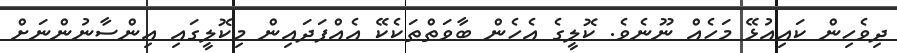
ދިވެހިން ކައިއުޅޭ މަހެއް ނޫނެވެ. ކޮލީގެ އެހެން ބާވަތްތަކެކޭ އެއްފަދައިން މިކޮލީގައި އިންސާނުންނަށް